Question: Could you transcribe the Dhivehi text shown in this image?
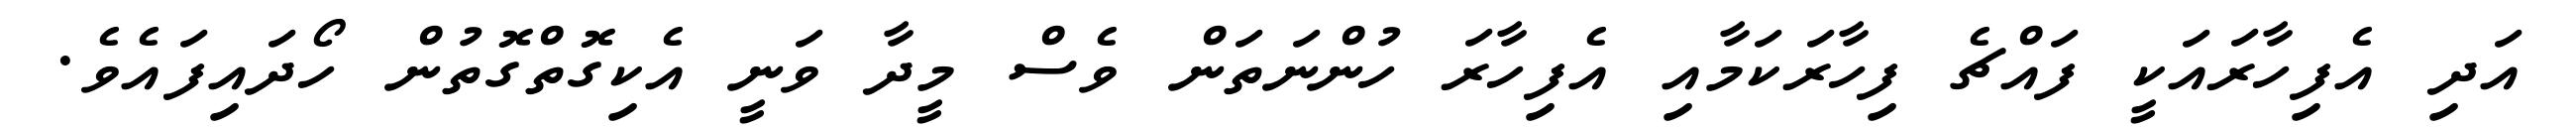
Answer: އަދި އެފިހާރައަކީ ފައްޗެ ފިހާރަކަމާއި އެފިހާރަ ހުންނަތަން ވެސް މީދާ ވަނީ އެކިގޮތްގޮތުން ހޯދައިފައެވެ.